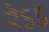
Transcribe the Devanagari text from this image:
रेऽऽ